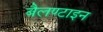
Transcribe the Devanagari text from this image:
बैलण्टाइन